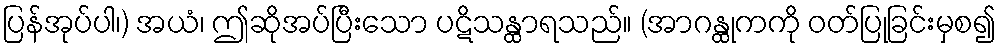
ပြန်အုပ်ပါ၊) အယံ၊ ဤဆိုအပ်ပြီးသော ပဋိသန္ထာရသည်။ (အာဂန္ထုကကို ဝတ်ပြုခြင်းမှစ၍